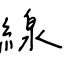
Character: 線